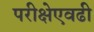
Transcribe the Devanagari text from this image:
परीक्षेएवढी